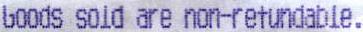
GOODS SOLD ARE NON-REFUNDABLE.